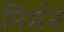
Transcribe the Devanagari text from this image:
निर्मन